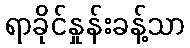
ရာခိုင်နှုန်းခန့်သာ